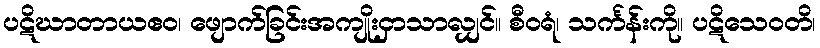
ပဋိဃာတာယဧဝ၊ ဖျောက်ခြင်းအကျိုးငှာသာလျှင်။ စီဝရံ၊ သင်္ကန်းကို။ ပဋိသေဝတိ၊